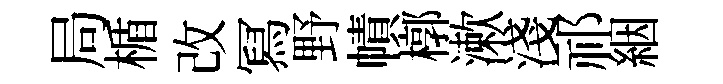
局楯改冩野幘槨漱淺祁絪